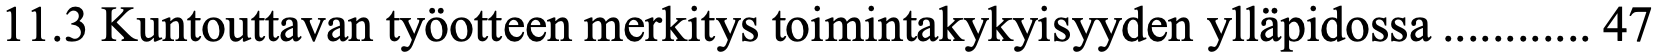
11.3 Kuntouttavan työotteen merkitys toimintakykyisyyden ylläpidossa ............ 47